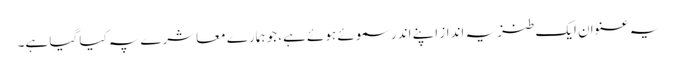
یہ عنوان ایک طنزیہ انداز اپنے اندر سموئے ہوئے ہے، جو ہمارے معاشرے پہ کیا گیا ہے۔